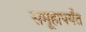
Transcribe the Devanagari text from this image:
समूहापर्यंत